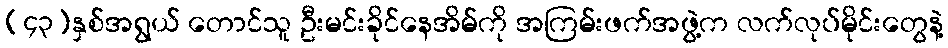
(၄၃)နှစ်အရွယ် တောင်သူ ဦးမင်းခိုင်နေအိမ်ကို အကြမ်းဖက်အဖွဲ့က လက်လုပ်မိုင်းတွေနဲ့